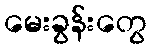
မေးခွန်းတွေ